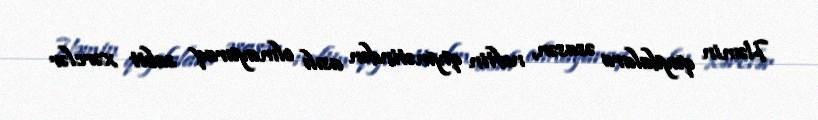
Həmin qaydalara əsasən, neftin qiymətindən asılı olmayaraq sabit xərclər